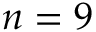
n = 9